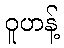
ဝူဟန့်